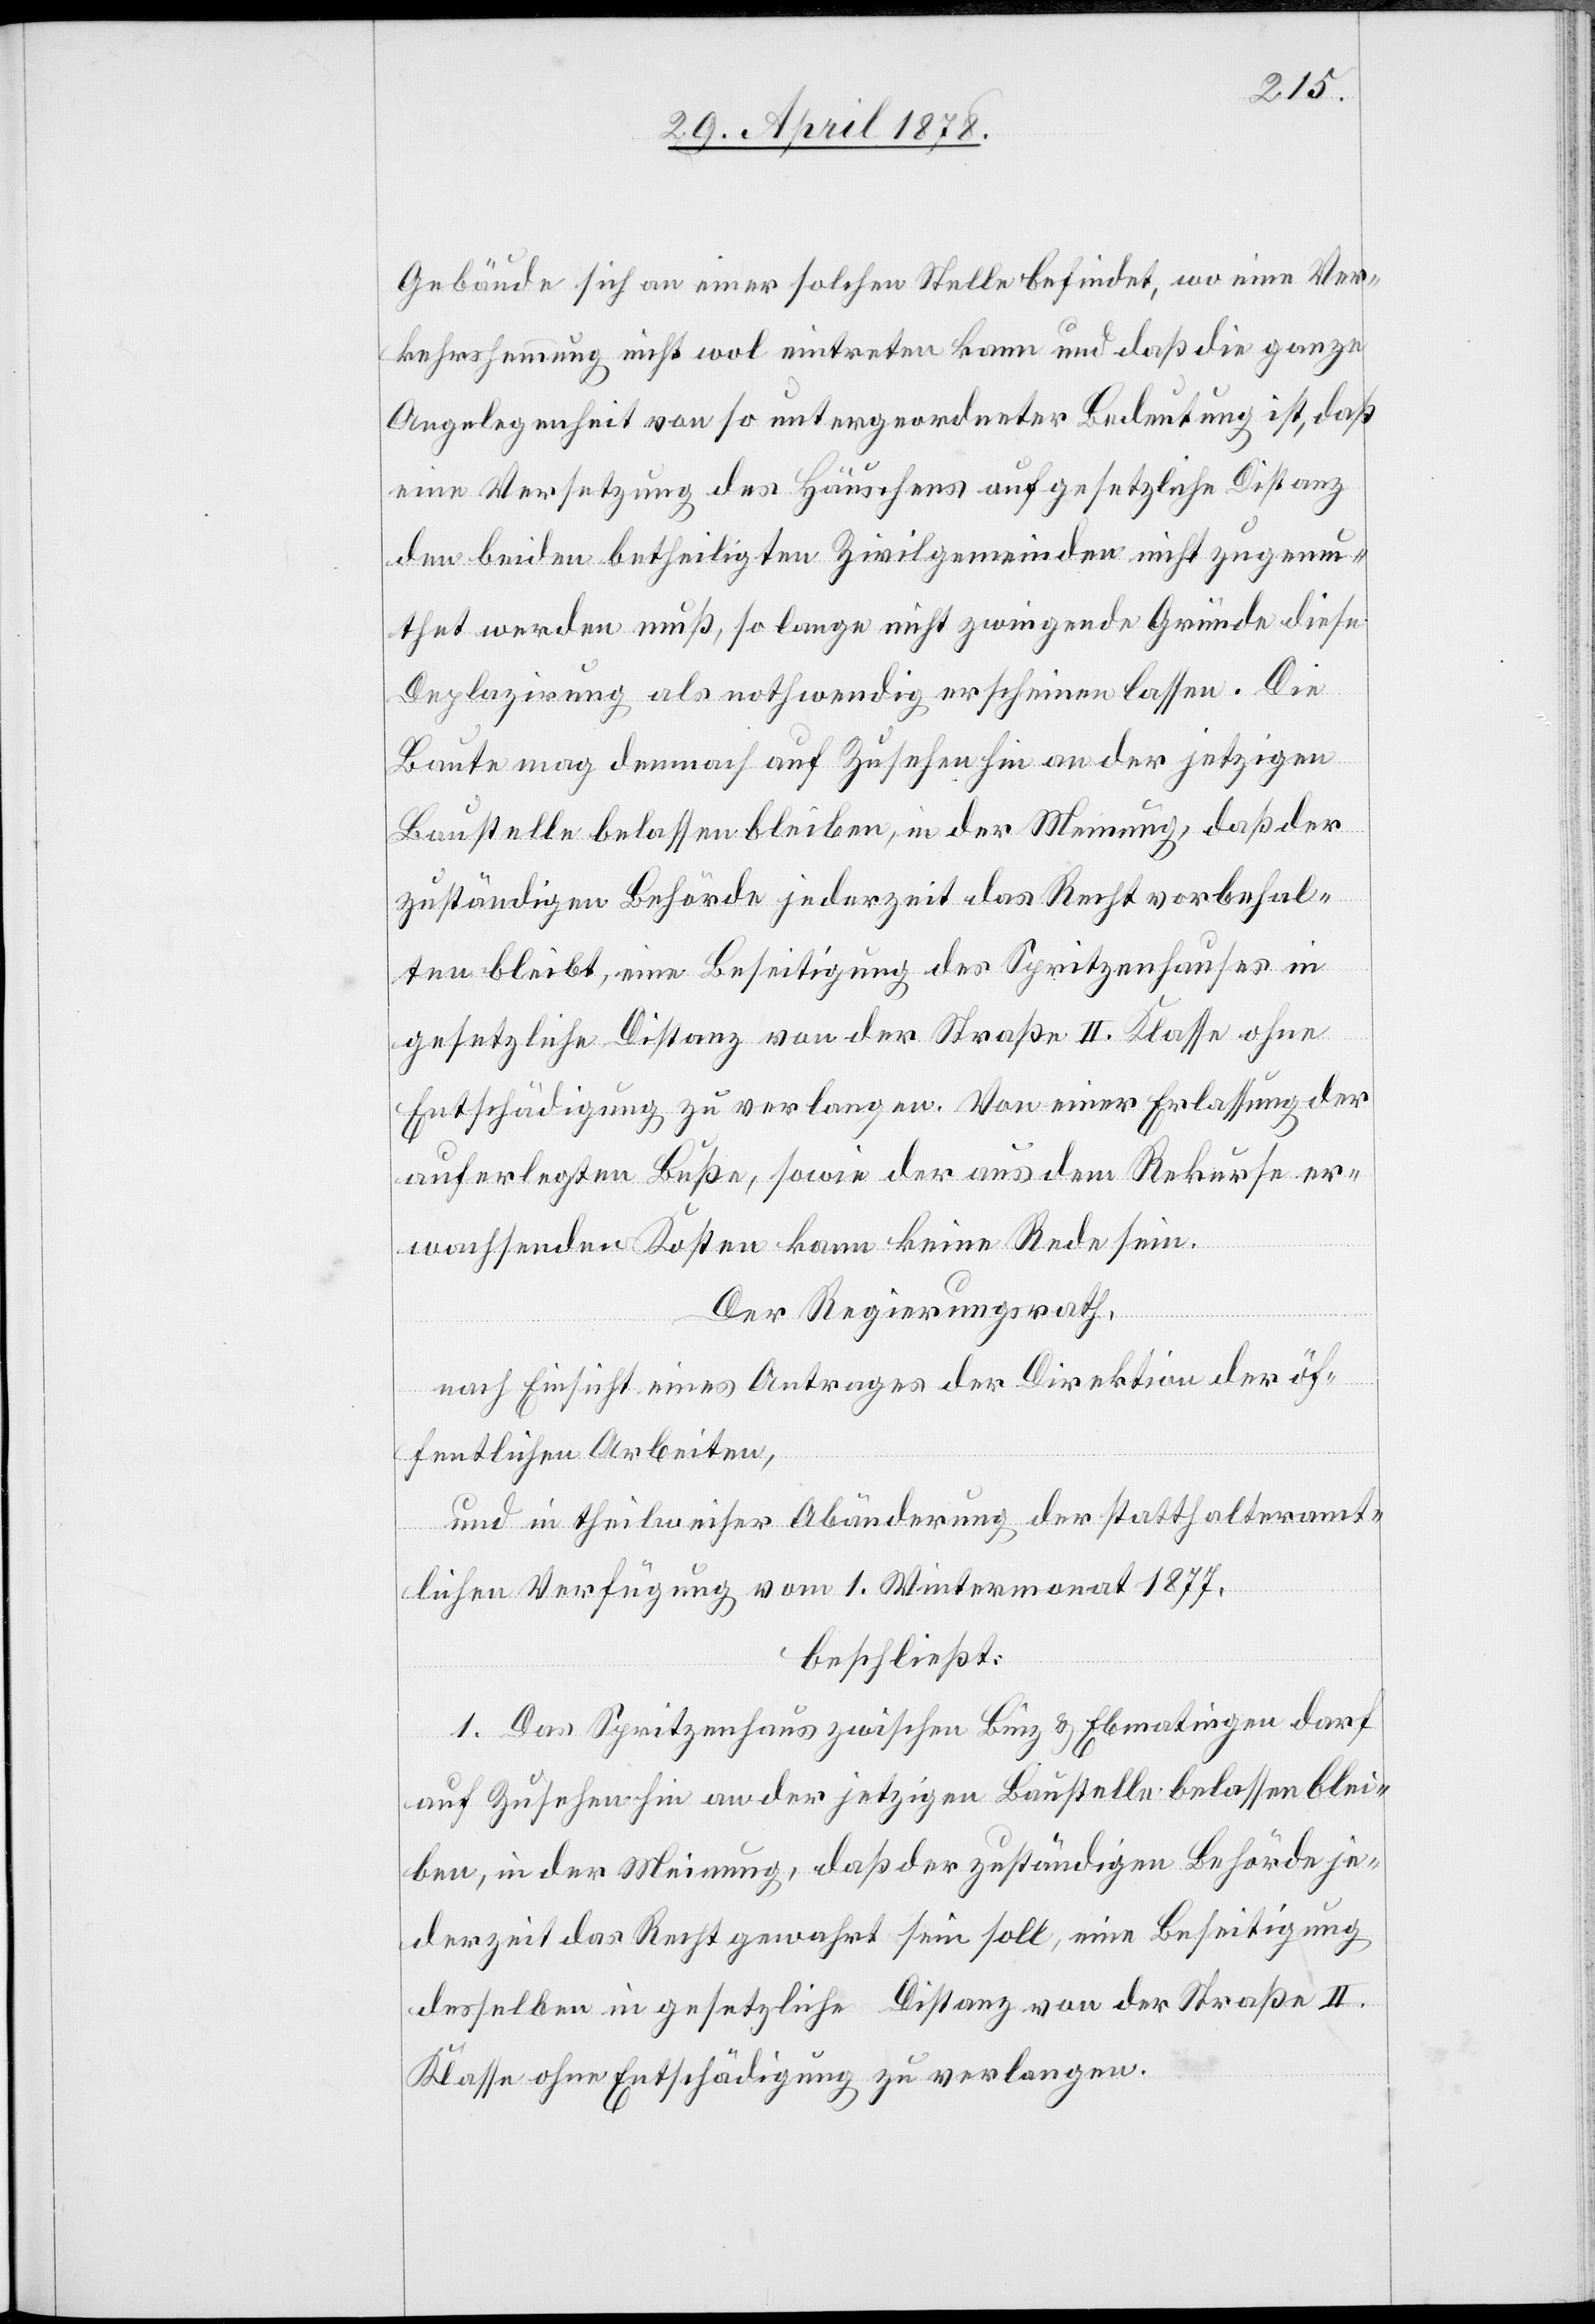
Gebäude sich an einer solchen Stelle befindet, wo eine Ver¬
kehrshemmung nicht wol eintreten kann und daß die ganze
Angelegenheit von so untergeordneter Bedeutung ist, daß
eine Versetzung des Häuschens auf gesetzliche Distanz
den beiden betheiligten Zivilgemeinden nicht zugemu¬
thet werden muß, so lange nicht zwingende Gründe diese
Deplazirung als nothwendig erscheinen lassen. Die
Baute mag demnach auf Zusehen hin an der jetzigen
Baustelle belassen bleiben, in der Meinung, daß der
zuständigen Behörde jederzeit das Recht vorbehal¬
ten bleibt, eine Beseitigung des Spritzenhauses in
gesetzliche Distanz von der Straße II. Klasse ohne
Entschädigung zu verlangen. Von einer Erlassung der
auferlegten Buße, sowie der aus dem Rekurse er¬
wachsenden Kosten kann keine Rede sein.
Der Regierungsrath,
nach Einsicht eines Antrages der Direktion der öf¬
fentlichen Arbeiten,
und in theilweiser Abänderung der statthalteramt¬
lichen Verfügung vom 1. Wintermonat 1877,
beschließt:
1. Das Spritzenhaus zwischen Binz & Ebmatingen darf
auf Zusehen hin an der jetzigen Baustelle belassen blei¬
ben, in der Meinung, daß der zuständigen Behörde je¬
derzeit das Recht gewahrt sein soll, eine Beseitigung
desselben in gesetzliche Distanz von der Straße II.
Klasse ohne Entschädigung zu verlangen.